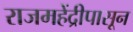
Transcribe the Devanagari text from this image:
राजमहेंद्रीपासून